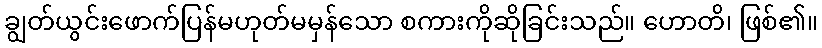
ချွတ်ယွင်းဖောက်ပြန်မဟုတ်မမှန်သော စကားကိုဆိုခြင်းသည်။ ဟောတိ၊ ဖြစ်၏။